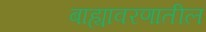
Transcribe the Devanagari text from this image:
बाह्यावरणातील